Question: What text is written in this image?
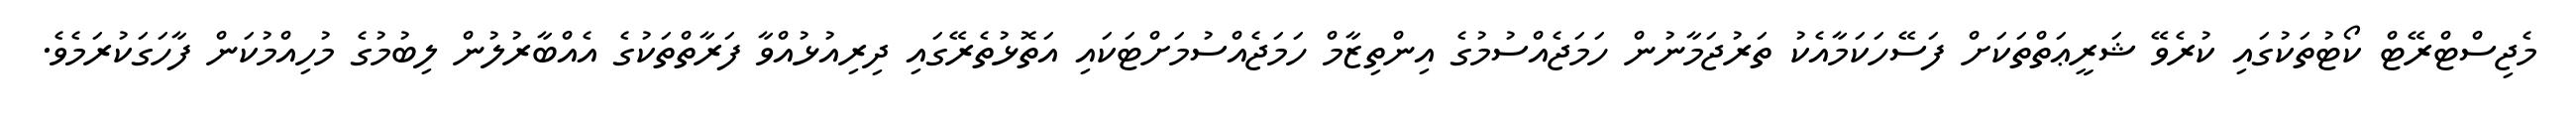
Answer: މެޖިސްޓްރޭޓް ކޯޓުތަކުގައި ކުރެވޭ ޝަރީޢަތްތަކަށް ފަސޭހަކަމާއެކު ތަރުޖަމާނުން ހަމަޖެއްސުމުގެ އިންތިޒާމް ހަމަޖެއްސުމަށްޓަކައި އަތޮޅުތެރޭގައި ދިރިއުޅުއްވާ ފަރާތްތަކުގެ އެއްބާރުލުން ލިބުމުގެ މުހިއްމުކަން ފާހަގަކުރަމެވެ.